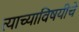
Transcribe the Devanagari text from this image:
त्याच्याविषयीचे